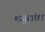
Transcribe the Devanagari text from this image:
मजुरांवर